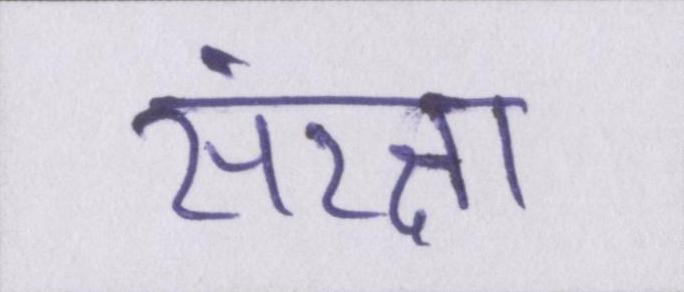
संरक्षा